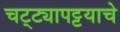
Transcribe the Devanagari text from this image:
चट्ट्यापट्टयाचे